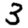
Digit: 3